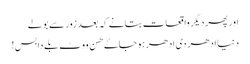
اور پھر دیگر واقعات بتانے کہ بعد زور سے بولے
دنیا ادھر دی ادھر ہو جاۓ ھن ووٹ بلے دا بس!